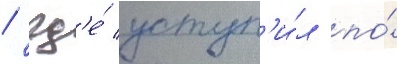
/ гд'е́ уступ'и́л по́